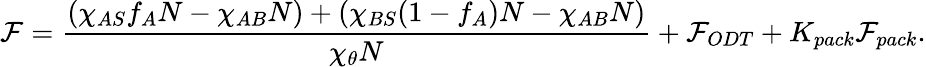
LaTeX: \mathcal{F}=\frac{(\chi_{AS}f_{A}N-\chi_{AB}N)+(\chi_{BS}(1-f_{A})N-\chi_{AB}N)}{\chi_{\theta}N}+\mathcal{F}_{ODT}+K_{pack}\mathcal{F}_{pack}.